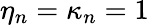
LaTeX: \eta_{n}=\kappa_{n}=1